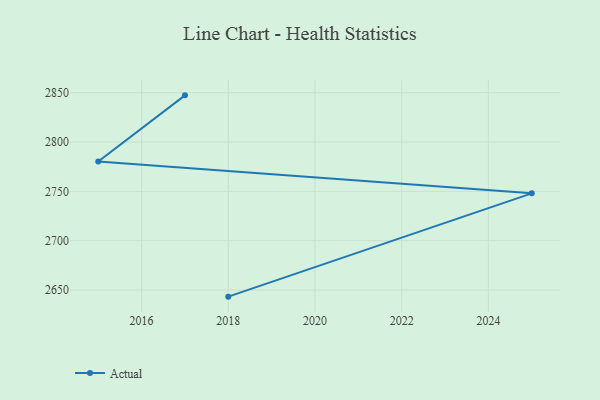
{"axis": {"x": "Year", "y": "Demand Index"}, "legend": ["Actual"], "data": [{"x": "2017", "y": 2847.3, "type": "Actual"}, {"x": "2015", "y": 2780.3, "type": "Actual"}, {"x": "2025", "y": 2748.0, "type": "Actual"}, {"x": "2018", "y": 2643.3, "type": "Actual"}]}